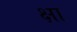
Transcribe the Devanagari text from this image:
क्षा